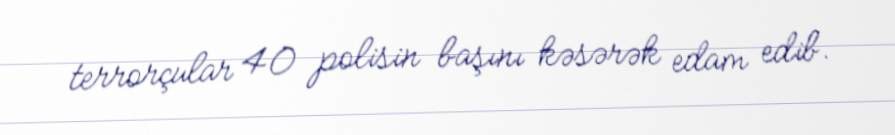
terrorçular 40 polisin başını kəsərək edam edib.